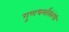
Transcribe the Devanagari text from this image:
गुणधर्मांसंबंधी